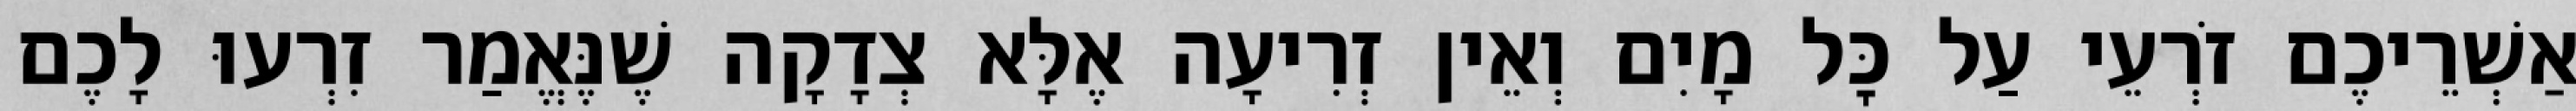
אַשְׁרֵיכֶם זֹרְעֵי עַל כׇּל מָיִם וְאֵין זְרִיעָה אֶלָּא צְדָקָה שֶׁנֶּאֱמַר זִרְעוּ לָכֶם